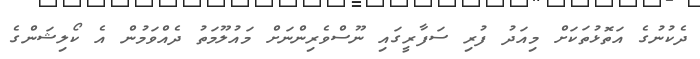
ދެކުނުގެ އަތޮޅުތަކަށް މިއަދު ފުރި ސަފާރީގައި ނޫސްވެރިންނަށް މައުލޫމަތު ދެއްވަމުން އެ ކޯލިޝަންގެ